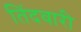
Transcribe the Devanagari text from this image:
तिंदवारी